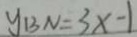
y _ { B N } = 3 x - 1